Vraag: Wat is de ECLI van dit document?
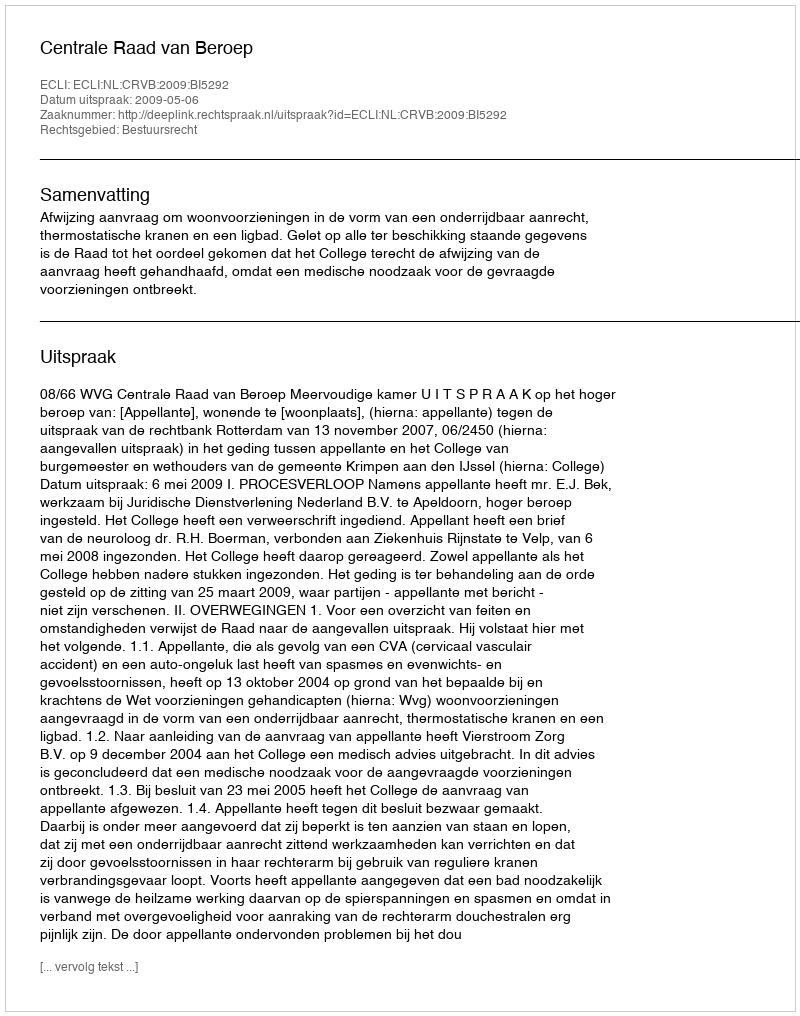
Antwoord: ECLI:NL:CRVB:2009:BI5292